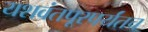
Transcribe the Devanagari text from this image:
यशवंतपूरपर्यंतच